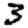
Digit: 3